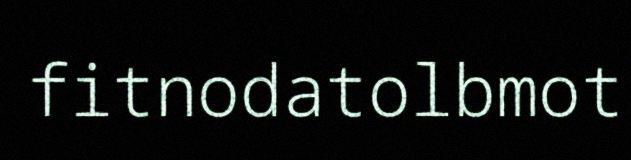
fitnodatolbmot